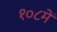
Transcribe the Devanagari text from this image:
१०८में